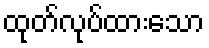
ထုတ်လုပ်ထားသော